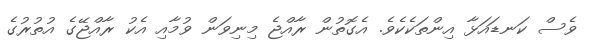
ވެސް ކަނޑައަޅާ އިންތަކެކެވެ. އެގޮތުން ރާއްޖެ މިނިވަން ވުމާއި އެކު ރާއްޖޭގެ އުތުރުގެ